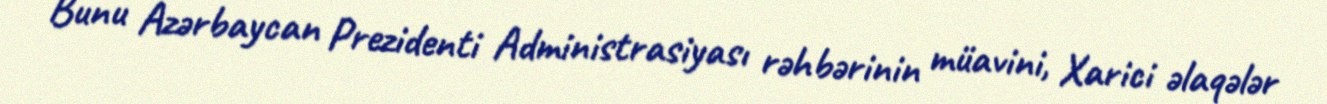
Bunu Azərbaycan Prezidenti Administrasiyası rəhbərinin müavini, Xarici əlaqələr